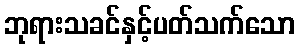
ဘုရားသခင်နှင့်ပတ်သက်သော